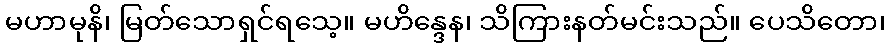
မဟာမုနိ၊ မြတ်သောရှင်ရသေ့။ မဟိန္ဒေန၊ သိကြားနတ်မင်းသည်။ ပေသိတော၊